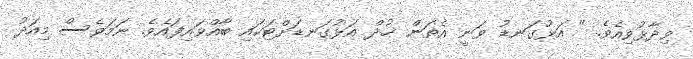
ވިދާޅުވިއެވެ. " އަޅުގަނޑު ވަނީ އެތަން ޚުދް އަޅުގަނޑަށްޓަކައި ބާއްވައިފައެވެ. ނަމަވެސް މިއަދު